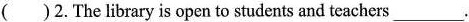
( )2.The library is open to students and teachers ___.